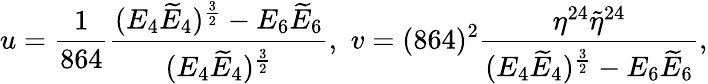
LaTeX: u=\frac{1}{864}\frac{(E_{4}\widetilde{E}_{4})^{\frac{3}{2}}-E_{6}\widetilde{E}_{6}}{(E_{4}\widetilde{E}_{4})^{\frac{3}{2}}},\, \, v=(864)^{2}\frac{\eta^{24}\widetilde{\eta}^{24}}{(E_{4}\widetilde{E}_{4})^{\frac{3}{2}}-E_{6}\widetilde{E}_{6}},